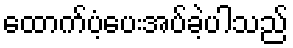
ထောက်ပံ့ပေးအပ်ခဲ့ပါသည်